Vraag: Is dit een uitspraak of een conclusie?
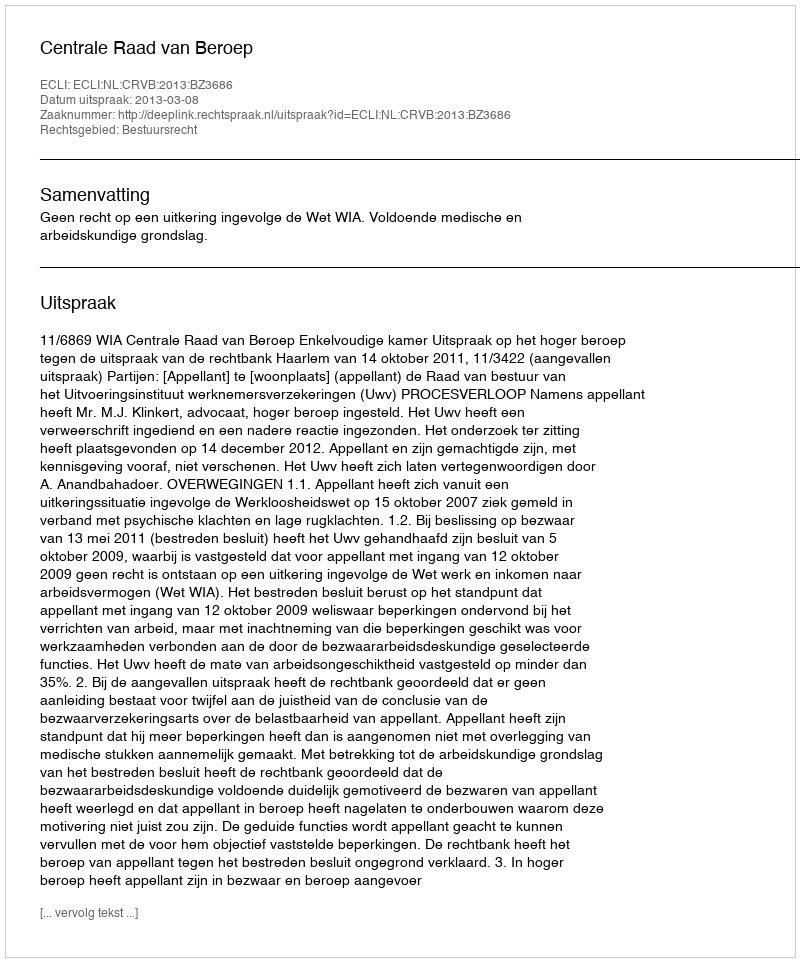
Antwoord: Uitspraak